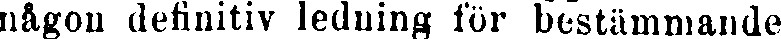
någon definitiv ledning för bestämmande